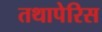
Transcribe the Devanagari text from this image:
तथापेरिस